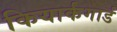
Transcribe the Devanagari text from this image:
कियार्कगार्ड